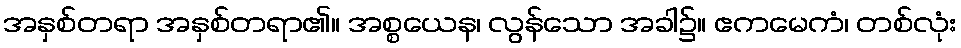
အနှစ်တရာ အနှစ်တရာ၏။ အစ္စယေန၊ လွန်သော အခါ၌။ ဧကမေကံ၊ တစ်လုံး